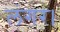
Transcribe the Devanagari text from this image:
लंगर।